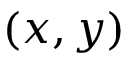
( x , y )